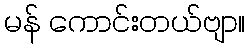
မန် ကောင်းတယ်ဗျာ။